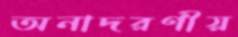
অনাদরণীয়